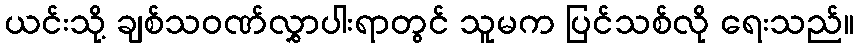
ယင်းသို့ ချစ်သဝဏ်လွှာပါးရာတွင် သူမက ပြင်သစ်လို ရေးသည်။